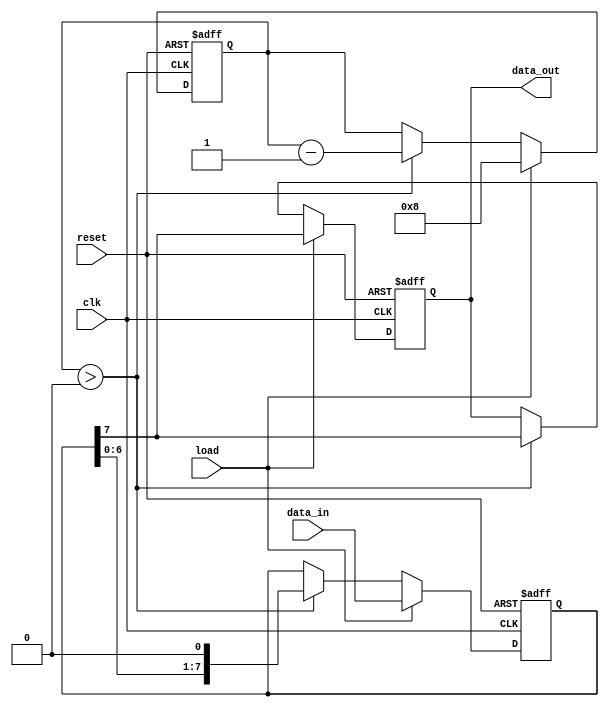
module PISO_Register #(
    parameter WIDTH = 8  // Define the width of the register
) (
    input wire [WIDTH-1:0] data_in, // Parallel input data
    input wire load,                 // Load control signal
    input wire clk,                  // Clock signal
    input wire reset,                // Asynchronous reset signal
    output reg data_out              // Serial output data
);

    // Internal register to hold the data
    reg [WIDTH-1:0] shift_reg;
    reg [3:0] shift_count; // Counter for shifting bits

    always @(posedge clk or posedge reset) begin
        if (reset) begin
            // On reset, clear the shift register and output
            shift_reg <= {WIDTH{1'b0}};
            data_out <= 1'b0;
            shift_count <= 0;
        end else if (load) begin
            // On load signal, load the parallel data into the shift register
            shift_reg <= data_in;
            shift_count <= WIDTH; // Set count to the width of the register
            data_out <= shift_reg[WIDTH-1]; // Output MSB
        end else if (shift_count > 0) begin
            // Shift operation
            data_out <= shift_reg[WIDTH-1]; // Output MSB
            shift_reg <= {shift_reg[WIDTH-2:0], 1'b0}; // Shift left
            shift_count <= shift_count - 1; // Decrement count
        end
    end

endmodule